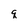
Character: q